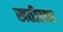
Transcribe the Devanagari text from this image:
खतीरका